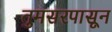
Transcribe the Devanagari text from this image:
तुमसरपासून